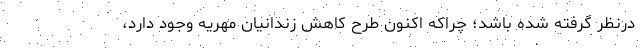
درنظر گرفته شده باشد؛ چراکه اکنون طرح کاهش زندانیان مهریه وجود دارد،